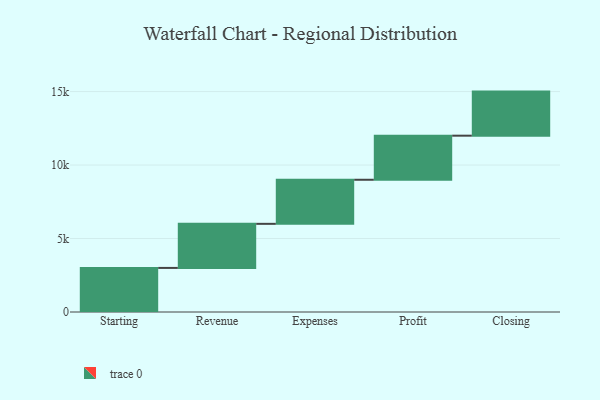
{"axis": {"x": "Step", "y": "Value"}, "legend": [""], "data": [{"x": "Starting", "y": 3000, "type": ""}, {"x": "Revenue", "y": 3000, "type": ""}, {"x": "Expenses", "y": 3000, "type": ""}, {"x": "Profit", "y": 3000, "type": ""}, {"x": "Closing", "y": 3000, "type": ""}]}